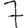
Digit: 7